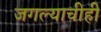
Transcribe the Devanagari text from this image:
जगल्याचीही